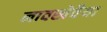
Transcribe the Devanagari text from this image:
नावखेवैया